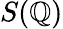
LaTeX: S(\mathbb{Q})